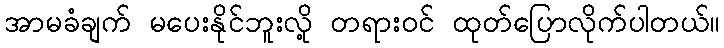
အာမခံချက် မပေးနိုင်ဘူးလို့ တရားဝင် ထုတ်ပြောလိုက်ပါတယ်။